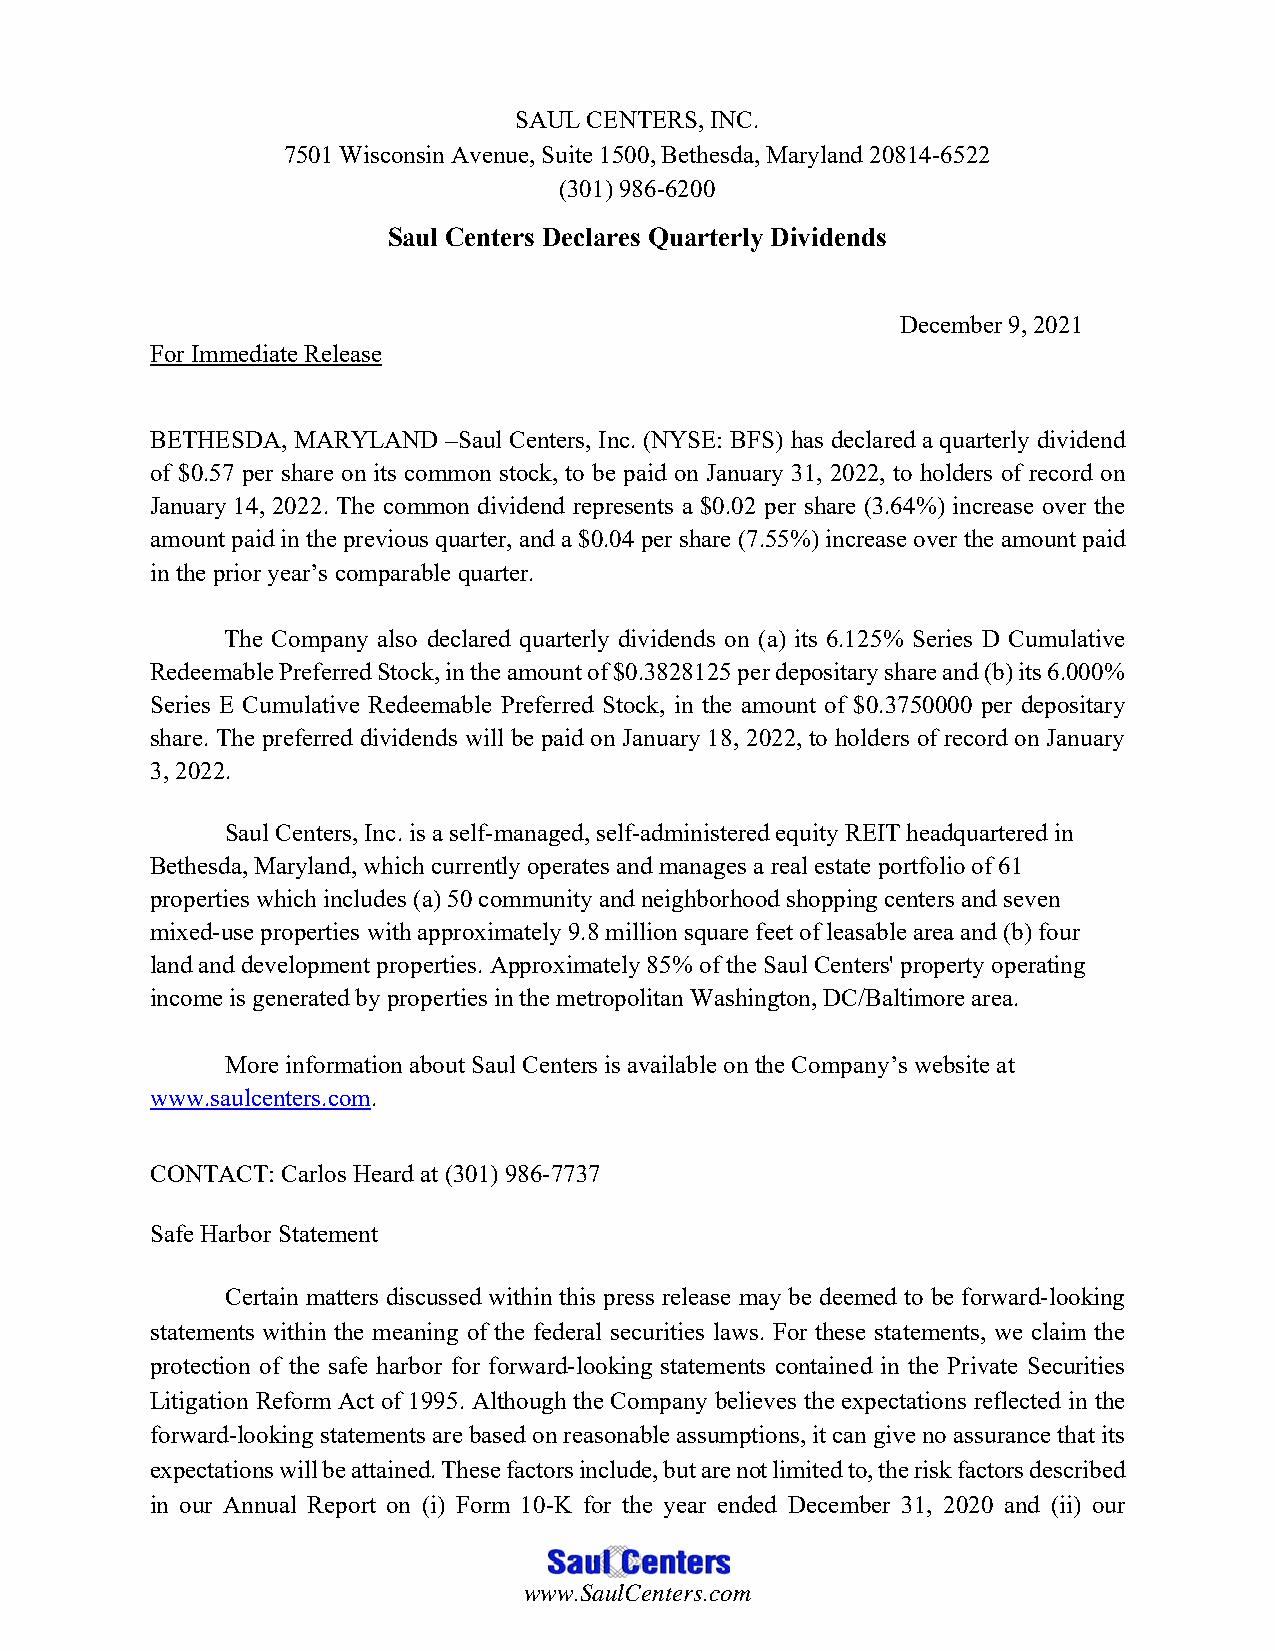
SAUL CENTERS, INC.
 7501 Wisconsin Avenue, Suite 1500, Bethesda, Maryland 20814-6522
 (301) 986-6200
 Saul Centers Declares Quarterly Dividends
 December 9, 2021
 For Immediate Release
 BETHESDA, MARYLAND –Saul Centers, Inc. (NYSE: BFS) has declared a quarterly dividend
 of $0.57 per share on its common stock, to be paid on January 31, 2022, to holders of record on
 January 14, 2022. The common dividend represents a $0.02 per share (3.64%) increase over the
 amount paid in the previous quarter, and a $0.04 per share (7.55%) increase over the amount paid
 in the prior year’s comparable quarter.
 The Company also declared quarterly dividends on (a) its 6.125% Series D Cumulative
 Redeemable Preferred Stock, in the amount of $0.3828125 per depositary share and (b) its 6.000%
 Series E Cumulative Redeemable Preferred Stock, in the amount of $0.3750000 per depositary
 share. The preferred dividends will be paid on January 18, 2022, to holders of record on January
 3, 2022.
 Saul Centers, Inc. is a self-managed, self-administered equity REIT headquartered in
 Bethesda, Maryland, which currently operates and manages a real estate portfolio of 61
 properties which includes (a) 50 community and neighborhood shopping centers and seven
 mixed-use properties with approximately 9.8 million square feet of leasable area and (b) four
 land and development properties. Approximately 85% of the Saul Centers' property operating
 income is generated by properties in the metropolitan Washington, DC/Baltimore area.
 More information about Saul Centers is available on the Company’s website at
 www.saulcenters.com.
 CONTACT: Carlos Heard at (301) 986-7737
 Safe Harbor Statement
 Certain matters discussed within this press release may be deemed to be forward-looking
 statements within the meaning of the federal securities laws. For these statements, we claim the
 protection of the safe harbor for forward-looking statements contained in the Private Securities
 Litigation Reform Act of 1995. Although the Company believes the expectations reflected in the
 forward-looking statements are based on reasonable assumptions, it can give no assurance that its
 expectations will be attained. These factors include, but are not limited to, the risk factors described
 in our Annual Report on (i) Form 10-K for the year ended December 31, 2020 and (ii) our
 www.SaulCenters.com